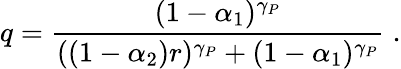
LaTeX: q=\frac{(1-\alpha_{1})^{\gamma_{P}}}{((1-\alpha_{2})r)^{\gamma_{P}}+(1-\alpha_{1})^{\gamma_{P}}}\; .